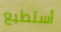
أستطيع